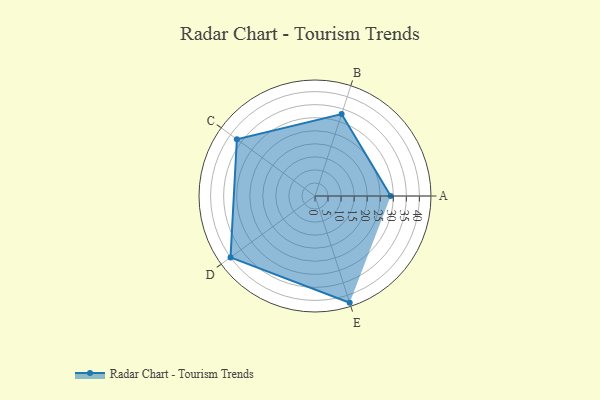
{"axis": {"x": "Skill", "y": "Score"}, "legend": ["Profile"], "data": [{"x": "A", "y": 29.0, "type": "Profile"}, {"x": "B", "y": 33.0, "type": "Profile"}, {"x": "C", "y": 37.0, "type": "Profile"}, {"x": "D", "y": 40.0, "type": "Profile"}, {"x": "E", "y": 43.0, "type": "Profile"}]}